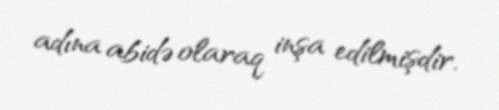
adına abidə olaraq inşa edilmişdir.